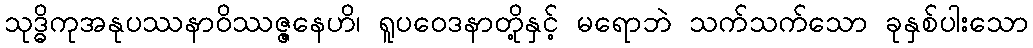
သုဒ္ဓိကုအနုပဿနာဝိဿဇ္ဇနေဟိ၊ ရူပဝေဒနာတို့နှင့် မရောဘဲ သက်သက်သော ခုနှစ်ပါးသော